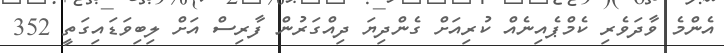
އެންމެ ވާދަވެރި ކެމްޕެއިނެއް ކުރިއަށް ގެންދިޔަ ދިއްގަރުން ފާރިސް އަށް ލިބިވަޑައިގަތީ 352